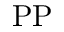
\mathrm { P P }